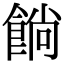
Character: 𩜋